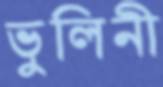
ভুলিনী